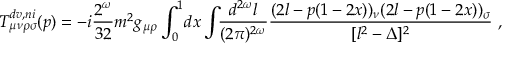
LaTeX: T _ { \mu \nu \rho \sigma } ^ { d v , n i } ( p ) = - i \frac { 2 ^ { \omega } } { 3 2 } m ^ { 2 } g _ { \mu \rho } \int _ { 0 } ^ { 1 } \! d x \int \! \! \frac { d ^ { 2 \omega } l } { ( 2 \pi ) ^ { 2 \omega } } \frac { ( 2 l - p ( 1 - 2 x ) ) _ { \nu } ( 2 l - p ( 1 - 2 x ) ) _ { \sigma } } { [ l ^ { 2 } - \Delta ] ^ { 2 } } \, \, ,